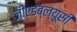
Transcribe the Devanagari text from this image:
जीएडब्ल्यूसी